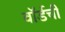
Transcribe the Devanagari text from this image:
वॉर्डची